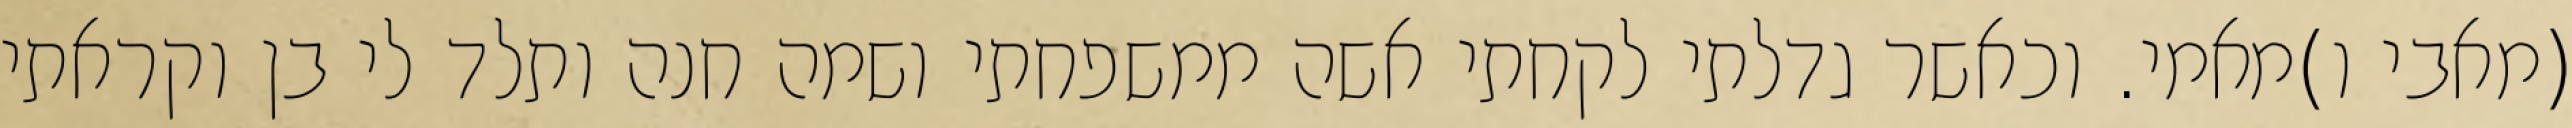
(מאבי ו)מאמי. וכאשר גדלתי לקחתי אשה ממשפחתי ושמה חנה ותלד לי בן וקראתי